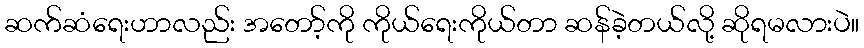
ဆက်ဆံရေးဟာလည်း အတော့်ကို ကိုယ်ရေးကိုယ်တာ ဆန်ခဲ့တယ်လို့ ဆိုရမလားပဲ။